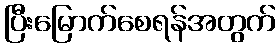
ပြီးမြောက်စေရန်အတွက်